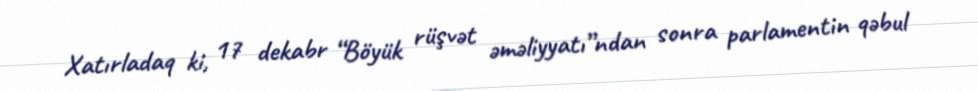
Xatırladaq ki, 17 dekabr “Böyük rüşvət əməliyyatı”ndan sonra parlamentin qəbul